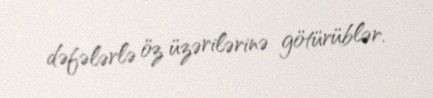
dəfələrlə öz üzərilərinə götürüblər.